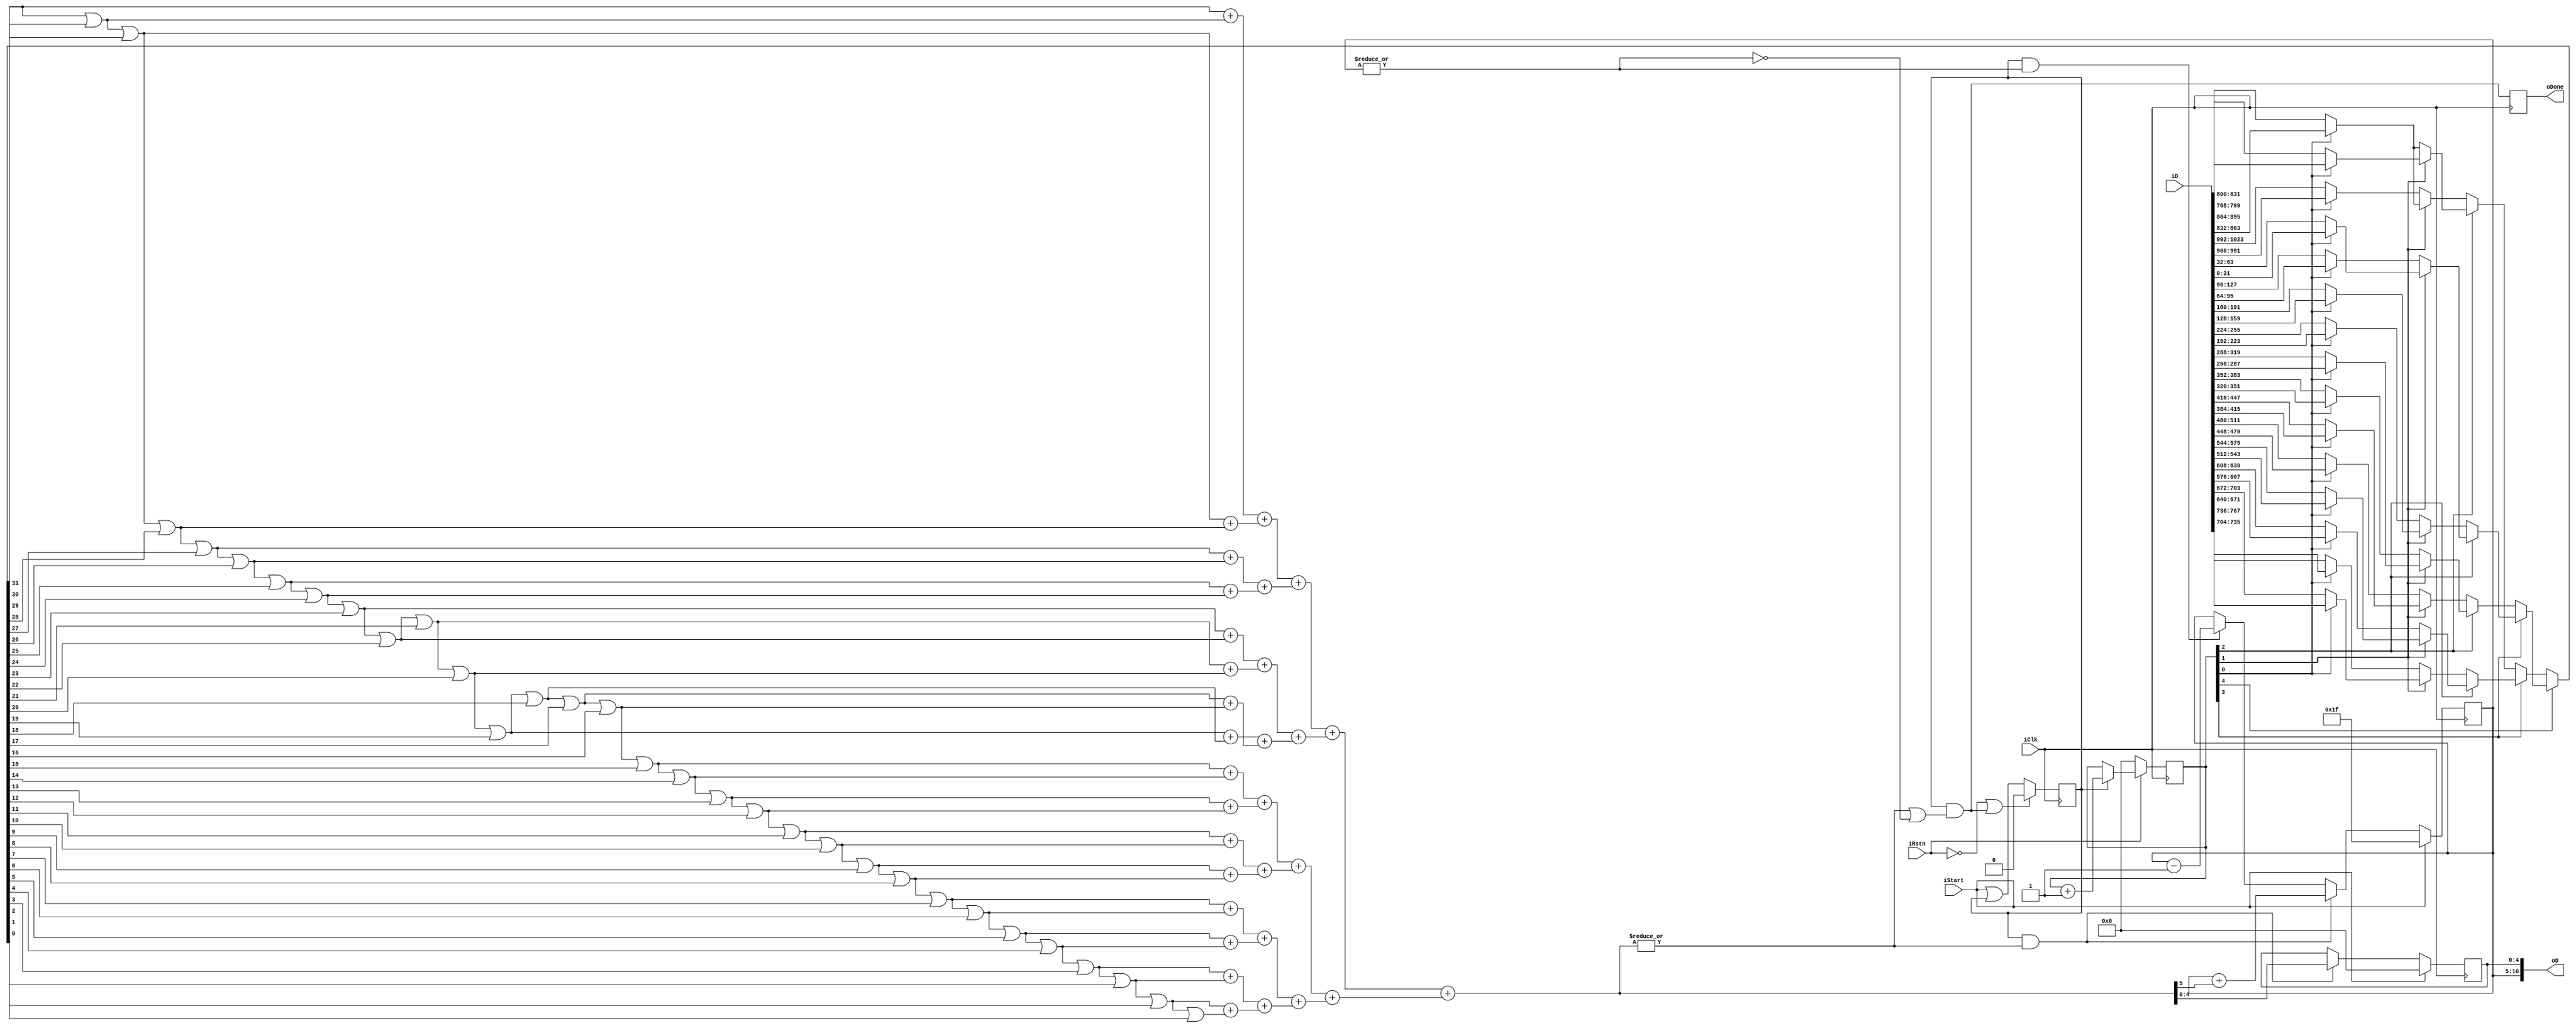
`timescale 1ns/1ps
//function: oD = number of used bits in iD
module RSA_getNumBit (
	input					iClk, iRstn,
	input					iStart,
	input		[1023:0]	iD,
	output		[10:0]		oD,
	output	reg				oDone	);

reg				isActive;
reg		[5:0]	D_out_MSB;
wire	[5:0]	D_out_MSB_w;
reg		[4:0]	D_out_LSB;

reg		[4:0]	Counter;
wire	[31:0]	D_in;

wire	[31:0]	a;
wire	[1:0]	b15, b14, b13, b12, b11, b10, b9 , b8 ,
				b7 , b6 , b5 , b4 , b3 , b2 , b1 , b0 ;
wire	[2:0]	c7 , c6 , c5 , c4 , c3 , c2 , c1 , c0 ;
wire	[3:0]	d3 , d2 , d1 , d0 ;
wire	[4:0]	e1 , e0 ;
wire	[5:0]	numbit32;

wire			numbit32_0, numbit32_0_n;
wire			D_0, D_0_n;
wire			stopCond;

/****************************************************/
/*					Muxing in						*/
/****************************************************/
always@(posedge iClk) begin
	if(~iRstn)			Counter <= 5'd0;
	else if(isActive)	Counter <= Counter + 1'b1;
	else				Counter <= Counter; end

/*
always@(*) begin
	case(Counter)
		5'd0:	D_in = iD[1023:992];
		5'd1:	D_in = iD[991:960];
		5'd2:	D_in = iD[959:928];
		5'd3:	D_in = iD[927:896];
		5'd4:	D_in = iD[895:864];
		5'd5:	D_in = iD[863:832];
		5'd6:	D_in = iD[831:800];
		5'd7:	D_in = iD[799:768];
		5'd8:	D_in = iD[767:736];
		5'd9:	D_in = iD[735:704];
		5'd10:	D_in = iD[703:672];
		5'd11:	D_in = iD[671:640];
		5'd12:	D_in = iD[639:608];
		5'd13:	D_in = iD[607:576];
		5'd14:	D_in = iD[575:544];
		5'd15:	D_in = iD[543:512];
		5'd16:	D_in = iD[511:480];
		5'd17:	D_in = iD[479:448];
		5'd18:	D_in = iD[447:416];
		5'd19:	D_in = iD[415:384];
		5'd20:	D_in = iD[383:352];
		5'd21:	D_in = iD[351:320];
		5'd22:	D_in = iD[319:288];
		5'd23:	D_in = iD[287:256];
		5'd24:	D_in = iD[255:224];
		5'd25:	D_in = iD[223:192];
		5'd26:	D_in = iD[191:160];
		5'd27:	D_in = iD[159:128];
		5'd28:	D_in = iD[127:96];
		5'd29:	D_in = iD[95:64];
		5'd30:	D_in = iD[63:32];
		5'd31:	D_in = iD[31:0];
	endcase end
*/
assign D_in =
	(Counter[4]) ?
		( (Counter[3]) ?
			( (Counter[2]) ?
				( (Counter[1]) ?
					( (Counter[0]) ? iD[31:0]    : iD[63:32]    ) :
					( (Counter[0]) ? iD[95:64]   : iD[127:96]   ) ) :
				( (Counter[1]) ?
					( (Counter[0]) ? iD[159:128] : iD[191:160]  ) :
					( (Counter[0]) ? iD[223:192] : iD[255:224]  ) ) ) :
			( (Counter[2]) ?
				( (Counter[1]) ?
					( (Counter[0]) ? iD[287:256] : iD[319:288]  ) :
					( (Counter[0]) ? iD[351:320] : iD[383:352]  ) ) :
				( (Counter[1]) ?
					( (Counter[0]) ? iD[415:384] : iD[447:416]  ) :
					( (Counter[0]) ? iD[479:448] : iD[511:480]  ) ) ) ) :
		( (Counter[3]) ?
			( (Counter[2]) ?
				( (Counter[1]) ?
					( (Counter[0]) ? iD[543:512] : iD[575:544]  ) :
					( (Counter[0]) ? iD[607:576] : iD[639:608]  ) ) :
				( (Counter[1]) ?
					( (Counter[0]) ? iD[671:640] : iD[703:672]  ) :
					( (Counter[0]) ? iD[735:704] : iD[767:736]  ) ) ) :
			( (Counter[2]) ?
				( (Counter[1]) ?
					( (Counter[0]) ? iD[799:768] : iD[831:800]  ) :
					( (Counter[0]) ? iD[863:832] : iD[895:864]  ) ) :
				( (Counter[1]) ?
					( (Counter[0]) ? iD[863:832] : iD[895:864]  ) :
					( (Counter[0]) ? iD[991:960] : iD[1023:992] ) ) ) );

/****************************************************/
/*			Get number of used bits in D_in			*/
/****************************************************/
assign a[31] = D_in[31];
assign a[30] = a[31] | D_in[30];
assign a[29] = a[30] | D_in[29];
assign a[28] = a[29] | D_in[28];
assign a[27] = a[28] | D_in[27];
assign a[26] = a[27] | D_in[26];
assign a[25] = a[26] | D_in[25];
assign a[24] = a[25] | D_in[24];
assign a[23] = a[24] | D_in[23];
assign a[22] = a[23] | D_in[22];
assign a[21] = a[22] | D_in[21];
assign a[20] = a[21] | D_in[20];
assign a[19] = a[20] | D_in[19];
assign a[18] = a[19] | D_in[18];
assign a[17] = a[18] | D_in[17];
assign a[16] = a[17] | D_in[16];
assign a[15] = a[16] | D_in[15];
assign a[14] = a[15] | D_in[14];
assign a[13] = a[14] | D_in[13];
assign a[12] = a[13] | D_in[12];
assign a[11] = a[12] | D_in[11];
assign a[10] = a[11] | D_in[10];
assign a[9]  = a[10] | D_in[9] ;
assign a[8]  = a[9]  | D_in[8] ;
assign a[7]  = a[8]  | D_in[7] ;
assign a[6]  = a[7]  | D_in[6] ;
assign a[5]  = a[6]  | D_in[5] ;
assign a[4]  = a[5]  | D_in[4] ;
assign a[3]  = a[4]  | D_in[3] ;
assign a[2]  = a[3]  | D_in[2] ;
assign a[1]  = a[2]  | D_in[1] ;
assign a[0]  = a[1]  | D_in[0] ;

assign b15 = a[31] + a[30];
assign b14 = a[29] + a[28];
assign b13 = a[27] + a[26];
assign b12 = a[25] + a[24];
assign b11 = a[23] + a[22];
assign b10 = a[21] + a[20];
assign b9  = a[19] + a[18];
assign b8  = a[17] + a[16];
assign b7  = a[15] + a[14];
assign b6  = a[13] + a[12];
assign b5  = a[11] + a[10];
assign b4  = a[9]  + a[8];
assign b3  = a[7]  + a[6];
assign b2  = a[5]  + a[4];
assign b1  = a[3]  + a[2];
assign b0  = a[1]  + a[0];

assign c7 = b15 + b14;
assign c6 = b13 + b12;
assign c5 = b11 + b10;
assign c4 = b9  + b8;
assign c3 = b7  + b6;
assign c2 = b5  + b4;
assign c1 = b3  + b2;
assign c0 = b1  + b0;

assign d3 = c7 + c6;
assign d2 = c5 + c4;
assign d1 = c3 + c2;
assign d0 = c1 + c0;

assign e1 = d3 + d2;
assign e0 = d1 + d0;

assign numbit32 = e1 + e0;

/****************************************************/
/*						Status						*/
/****************************************************/
assign numbit32_0_n = |(numbit32);	//numbit32!=6'd0
assign numbit32_0 = ~numbit32_0_n;	//numbit32==6'd0
assign D_0_n = |(D_out_MSB);	//D_out_MSB!=11'd0
assign D_0 = ~D_0_n;			//D_out_MSB==11'd0

always@(posedge iClk) begin
	if(~iRstn|stopCond)	isActive <= 1'b0;
	else				isActive <= (iStart|isActive); end

assign stopCond = isActive & (numbit32_0_n | D_0);

always@(posedge iClk) begin
	oDone <= stopCond; end

/****************************************************/
/*						Data out					*/
/****************************************************/
/*
always@(posedge iClk) begin
	if(iStart)	D_out_MSB <= 6'd31;
	else if(isActive & numbit32_0_n)
				D_out_MSB <= D_out_MSB + numbit32[5];
	else if(isActive & D_0_n)
				D_out_MSB <= D_out_MSB - 1'b1;
	else		D_out_MSB <= D_out_MSB; end
*/
assign D_out_MSB_w = (isActive&numbit32_0_n) ? (D_out_MSB+numbit32[5]) :
					 (isActive&D_0_n) ? (D_out_MSB-1'b1) : D_out_MSB;
always@(posedge iClk) begin
	if(iStart)	D_out_MSB <= 6'd31;
	else		D_out_MSB <= D_out_MSB_w; end

always@(posedge iClk) begin
	if(iStart)						D_out_LSB <= 5'b0;
	else if(isActive&numbit32_0_n)	D_out_LSB <= numbit32[4:0];
	else							D_out_LSB <= D_out_LSB; end

assign oD = {D_out_MSB,D_out_LSB};

endmodule